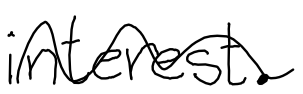
Text: interest.
Cross-out: wave
Writing tool: digital_black